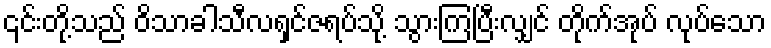
၎င်းတို့သည် ဝိသာခါသီလရှင်ဇရပ်သို့ သွားကြပြီးလျှင် တိုက်အုပ် လုပ်သော